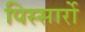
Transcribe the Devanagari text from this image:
पिस्सार्रो